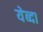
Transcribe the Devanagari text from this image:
येब्दा